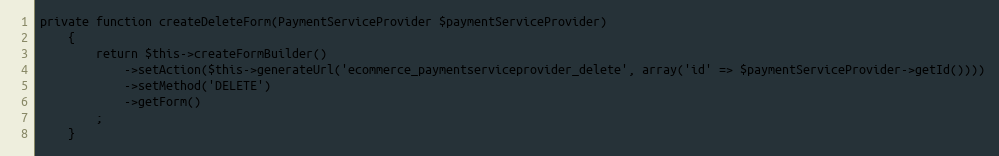
Language: PHP
private function createDeleteForm(PaymentServiceProvider $paymentServiceProvider)
    {
        return $this->createFormBuilder()
            ->setAction($this->generateUrl('ecommerce_paymentserviceprovider_delete', array('id' => $paymentServiceProvider->getId())))
            ->setMethod('DELETE')
            ->getForm()
        ;
    }